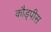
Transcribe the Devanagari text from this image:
कौड्पीस